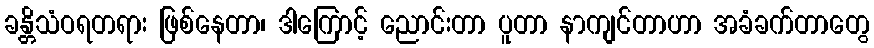
ခန္တိသံဝရတရား ဖြစ်နေတာ၊ ဒါကြောင့် ညောင်းတာ ပူတာ နာကျင်တာဟာ အခံခက်တာတွေ